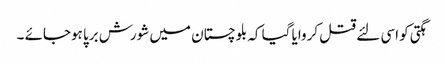
ہگتی کو اسی لئے قتل کروایا گیا کہ بلوچستان میں شورش برپا ہوجائے ۔